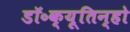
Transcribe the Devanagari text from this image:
डॉ॰क्यूतिन्हो